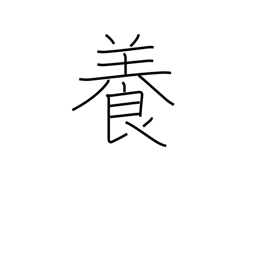
Meaning: nurture